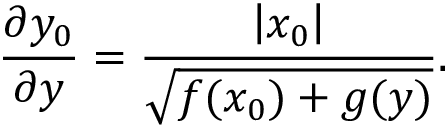
\frac { \partial y _ { 0 } } { \partial y } = \frac { \left| x _ { 0 } \right| } { \sqrt { f ( x _ { 0 } ) + g ( y ) } } .